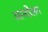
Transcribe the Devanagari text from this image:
आन्दोेलन